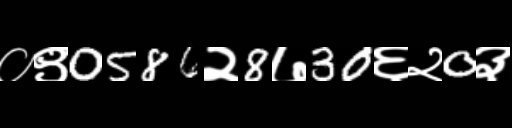
Text: ०९0586२8७30६२0३